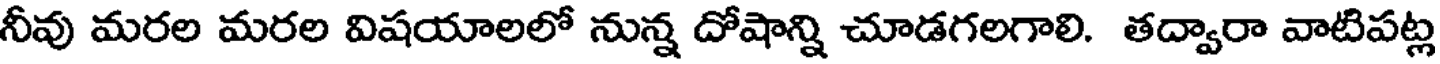
నీవు మరల మరల విషయాలలో నున్న దోషాన్ని చూడగలగాలి. తద్వారా వాటిపట్ల